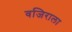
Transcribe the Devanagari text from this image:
वजिराला